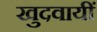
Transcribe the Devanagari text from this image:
खुदवायीं